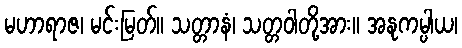
မဟာရာဇ၊ မင်းမြတ်။ သတ္တာနံ၊ သတ္တဝါတို့အား။ အနုကမ္ပါယ၊